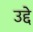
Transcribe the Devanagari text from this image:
उद्दे